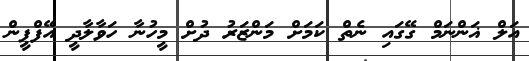
އަލް ޣަންނަމް ގޭގައި ނެތް ކަމަށް މަންޒަރު ދުށް މީހުނާ ހަވާލާދީ އޭފްޕީން